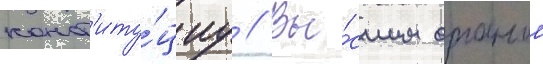
конст'иту́циу // Вы́сшим органом